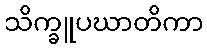
သိက္ခူပဃာတိကာ